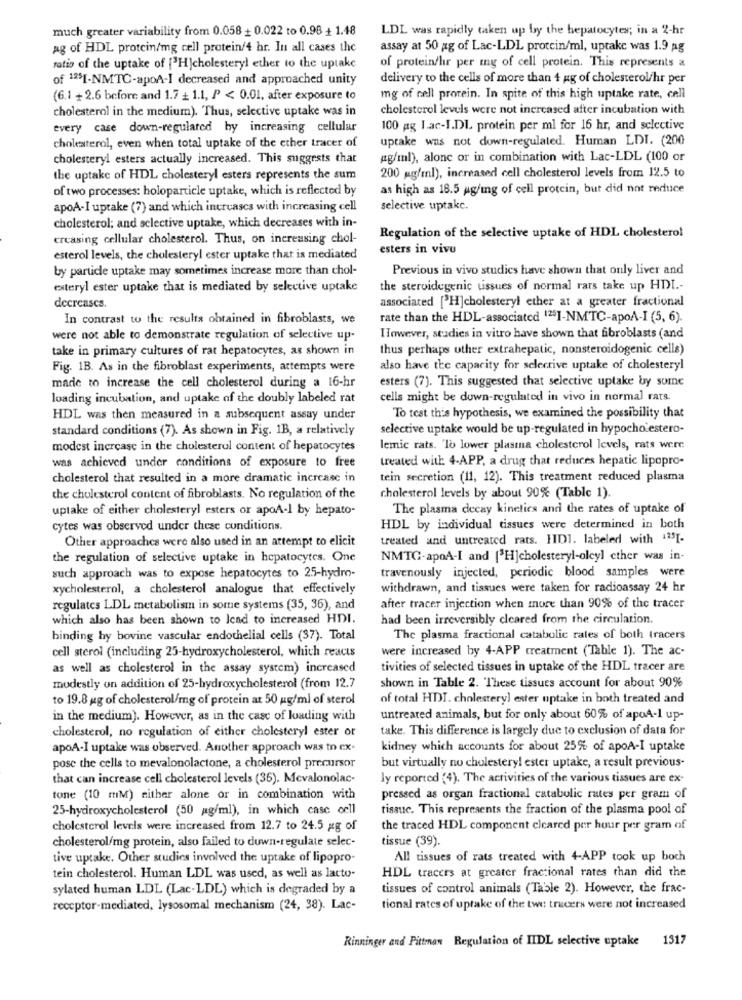
much greater variability from 0.058 + 0.022 to 0.98 + 1.48
LDL was rapidly taken up by the hepatocytes; in a 2-hr
ag of HDL protein/mg cell protein/4 hr. In all cases the
assay at 50 ag of Lac-LDL protein/ml, uptake was 1.9 ag
ratio of the uptake of ["H|cholesteryl ether to the uptake
of protein/hr per my of cell protein. This represents a
of 125I-NMTC-apoA-I decreased and approached unity
delivery to the cells of more than 4 gg of cholesterol/hr per
(6.1 + 2.6 before and 1.7 + 1.1, P < 0.01, after exposure to
mg of cell prorein. In spite of this high uptake rate, cell
cholesterol in the medium). Thus, selective uptake was in
cholesterol levels were not inercased after incubation with
every case down-regulated by increasing cellular
100 ag I.ac-I.DL protein per ml for 16 hr, and selective
uptake was not down-regulated. Human LDI. (200
cholesterol, even when total uptake of the ether tracer of
cholesteryl esters actually increased. This suggests that
ug/'ınl), alone or in combination with Lac-LDL (100 or
the uptake of HDL cholesteryl esters represents the sum
200 mg/ml), increased cell cholesterol levels from 12.5 to
of two processes: holoparticle uptake, which is reflected by
as high as 18.5 ag/mg of cell protein, but did not reduce
apoA-I uptake (7) and which increases with increasing cell
selective uptake.
cholesterol; and selective uptake, which decreases with in-
Regulation of the selective uptake of HDL cholesterol
creasing cellular cholesterol. Thus, on increasing chol-
esters in vivu
esterol levels, the cholesteryl ester uptake that is mediated
by particle uptake may sometimes increase more than chol-
Previous in vivo studies have shown that only liver and
exteryl ester uptake that is mediated by selective uptake
the steroidegenic uissues of normal rats take up HDI .-
associated [ H]cholesteryl ether at a greater fractional
decreases.
In contrast to the results obtained in fibroblasts, we
rate than the HDL-associated 1251-NMTC-apoA-I (5, 6).
were not able to demonstrate regulation of selective up-
However, studies in vitro have shown that fibroblasts (and
take in primary cultures of rat hepatocytes, as shown in
thus perhaps uther extrahepatic, nonsteroidogenic cells)
Fig. 1B. As in the fibroblast experiments, attempts were
also have the capacity for selective uptake of cholesteryl
made to increase the cell cholesterol during a 16-hr
esters (7). This suggested that selective uptake by some
loading incubation, and uptake of the doubly labeled rat
cells might be down-regulated in vivo in normal rats.
HDL was then measured in a subsequent assay under
To test this hypothesis, we examined the possibility that
standard conditions (7). As shown in Fig. 1B, a relatively
selective uptake would be up-regulated in hypocho estero-
modest increase in the cholesterol content of hepatocytes
lemic rats. 'lo lower plasma cholesterol levels, rats were
treated with 4-APP, a drug that reduces hepatic lipopro-
was achieved under conditions of exposure to free
cholesterol that resulted in a more dramatic increase in
tein secretion (11, 12). This treatment reduced plasma
the cholesterol content of fibroblasts. No regulation of the
cholesterol levels by about 90% (Table 1).
uptake of either cholesteryl esters or apoA-1 by hepato-
The plasma decay kinetics and the rates of uptake of
cytes was observed under these conditions.
HDL by individual tissues were determined in both
Other approaches were also used in an attempt to elicit
treated and untreated rats. HID1. labeled with 435[-
the regulation of selective uptake in hepatocytes. One
NMTC-apoA-I and ['H]cholesteryl-olcyl cther was in-
travenously injected, periodic blood samples were
such approach was to expose hepatocytes to 25-hydro-
xycholesterol, a cholesterol analogue that effectively
withdrawn, and tissues were taken for radioassay 24 hr
regulates LDL metabolism in some systems (35, 36), and
after tracer injection when more than 90% of the tracer
which also has been shown to lead to increased HDI.
had been irreversibly cleared from the circulation.
binding hy bovine vascular endothelial cells (37). Total
The plasma fractional catabolic rates of both tracers
cell sterol (including 25-hydroxycholesterol, which reacts
were increased by 4-APP treatment ("Table 1). The ac-
as well as cholesterol in the assay system) increased
tivities of selected tissues in uptake of the HDL tracer are
modestly on addition of 25-hydroxycholesterol (from 12.7
shown in Table 2. These tissues account for about 90%
to 19.8 gg of cholesterol/mg of protein at 50 ug/ml of sterol
of total HDI. cholestery] ester uptake in both treated and
in the medium). However, as in the case of loading with
untreated animals, but for only about 60% of apoA-1 up-
cholesterol, no regulation of either cholesteryl ester or
take. This difference is largely due to exclusion of data for
apoA-I uptake was observed. Another approach was to cx-
kidney which accounts for about 25% of apoA-I uptake
pose the cells to mevalonolactone, a cholesterol precursor
but virtually no cholestery! ester uptake, a result previous-
that can increase cell cholesterol levels (36). Mevalonolac-
ly reported (4). The activities of the various tissues are ex-
tone (10 mM) either alone or in combination with
pressed as organ fractional catabolic rates per gram of
25-hydroxycholesterol (50 ag/ml), in which case cell
tissuc. This represents the fraction of the plasma pool of
cholesterol levels were increased from 12.7 to 24.5 gg of
the traced HDL component cleared per hour per gram of
tissue (39).
cholesterol/mg protein, also failed to duwn-regulate selec-
tive uptake. Other studies involved the uptake of lipopro-
All tissues of rats treated with 4-APP took up boch
HDL tracers at greater fractional rates than did the
tein cholesterol. Human LDL was used, as well as lacto-
sylated human LDL (Lac-LDL) which is degraded by a
tissues of control animals (Table 2). However, the frac-
receptor-mediated, lysosomal mechanism (24, 38). Lac-
tional rates of uptake of the tw: tracers were not increased
Rinninger and Pittman Regulation of IIDL selective uptake 1317